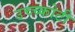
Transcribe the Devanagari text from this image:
उच्च्कोटी